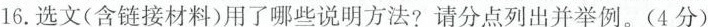
16.选文(含链接材料)用了哪些说明方法?请分点列出并举例。(4分)